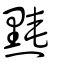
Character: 黤